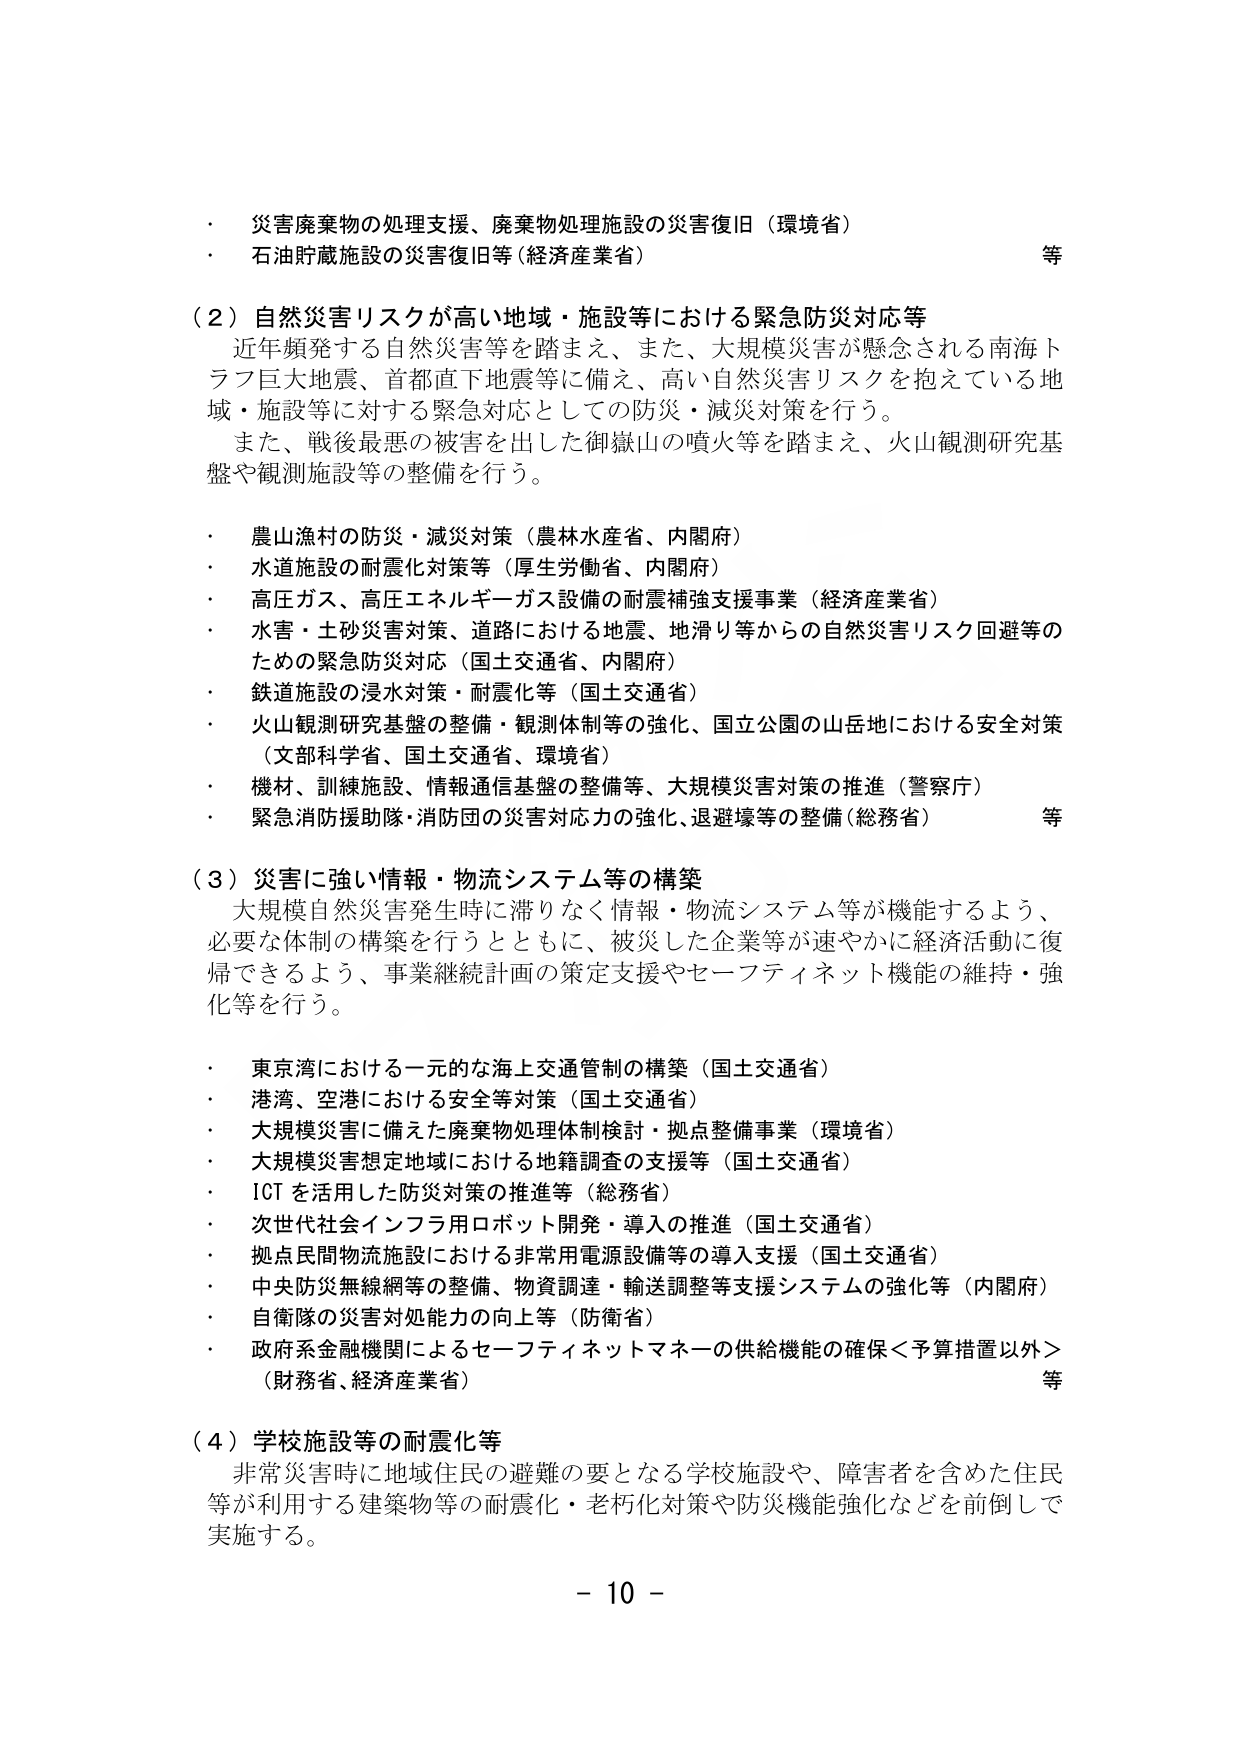
・ 災害廃棄物の処理支援、廃棄物処理施設の災害復旧（環境省）
・ 石油貯蔵施設の災害復旧等（経済産業省） 等

（２）自然災害リスクが高い地域・施設等における緊急防災対応等
　近年頻発する自然災害等を踏まえ、また、大規模災害が懸念される南海トラフ巨大地震、首都直下地震等に備え、高い自然災害リスクを抱えている地域・施設等に対する緊急対応としての防災・減災対策を行う。
　また、戦後最悪の被害を出した御嶽山の噴火等を踏まえ、火山観測研究基盤や観測施設等の整備を行う。

・ 農山漁村の防災・減災対策（農林水産省、内閣府）
・ 水道施設の耐震化対策等（厚生労働省、内閣府）
・ 高圧ガス、高圧エネルギーガス設備の耐震補強支援事業（経済産業省）
・ 水害・土砂災害対策、道路における地震、地滑り等からの自然災害リスク回避等のための緊急防災対応（国土交通省、内閣府）
・ 鉄道施設の浸水対策・耐震化等（国土交通省）
・ 火山観測研究基盤の整備・観測体制等の強化、国立公園の山岳地における安全対策（文部科学省、国土交通省、環境省）
・ 機材、訓練施設、情報通信基盤の整備等、大規模災害対策の推進（警察庁）
・ 緊急消防援助隊・消防団の災害対応力の強化、退避壕等の整備（総務省） 等

（３）災害に強い情報・物流システム等の構築
　大規模自然災害発生時に滞りなく情報・物流システム等が機能するよう、必要な体制の構築を行うとともに、被災した企業等が速やかに経済活動に復帰できるよう、事業継続計画の策定支援やセーフティネット機能の維持・強化等を行う。

・ 東京湾における一元的な海上交通管制の構築（国土交通省）
・ 港湾、空港における安全等対策（国土交通省）
・ 大規模災害に備えた廃棄物処理体制検討・拠点整備事業（環境省）
・ 大規模災害想定地域における地籍調査の支援等（国土交通省）
・ ICT を活用した防災対策の推進等（総務省）
・ 次世代社会インフラ用ロボット開発・導入の推進（国土交通省）
・ 拠点民間物流施設における非常用電源設備等の導入支援（国土交通省）
・ 中央防災無線網等の整備、物資調達・輸送調整等支援システムの強化等（内閣府）
・ 自衛隊の災害対処能力の向上等（防衛省）
・ 政府系金融機関によるセーフティネットマネーの供給機能の確保＜予算措置以外＞（財務省、経済産業省） 等

（４）学校施設等の耐震化等
　非常災害時に地域住民の避難の要となる学校施設や、障害者を含めた住民等が利用する建築物等の耐震化・老朽化対策や防災機能強化などを前倒しで実施する。

－ 10 －